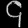
Digit: ၄